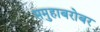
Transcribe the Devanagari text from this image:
समुहाबरोबर